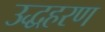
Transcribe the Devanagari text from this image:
उद्धहरण